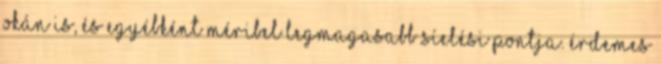
okán is, és egyébként Méribel legmagasabb síelési pontja. Érdemes